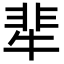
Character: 㹃